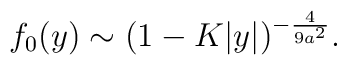
f_0(y)\sim (1-K|y|)^{-{4\over{9a^2}}}.